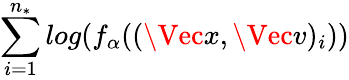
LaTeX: \sum_{i=1}^{n_{*}}log(f_{\alpha}((\Vec{x},\Vec{v})_{i}))